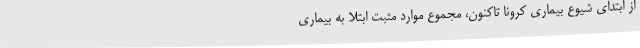
از ابتدای شیوع بیماری کرونا تاکنون، مجموع موارد مثبت ابتلا به بیماری